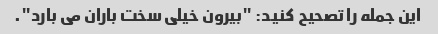
این جمله را تصحیح کنید: "بیرون خیلی سخت باران می بارد".